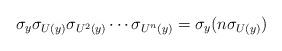
LaTeX: \begin{align*}\sigma_y\sigma_{U(y)}\sigma_{U^2(y)}\cdots\sigma_{U^{n}(y)}=\sigma_y(n\sigma_{U(y)})\end{align*}